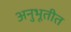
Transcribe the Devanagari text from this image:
अनुभूतीत